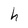
Character: h